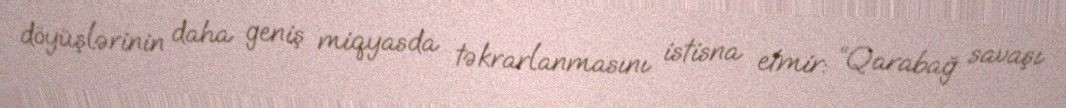
döyüşlərinin daha geniş miqyasda təkrarlanmasını istisna etmir: “Qarabağ savaşı